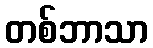
တစ်ဘာသာ